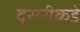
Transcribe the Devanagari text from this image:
दु्सरीकडे